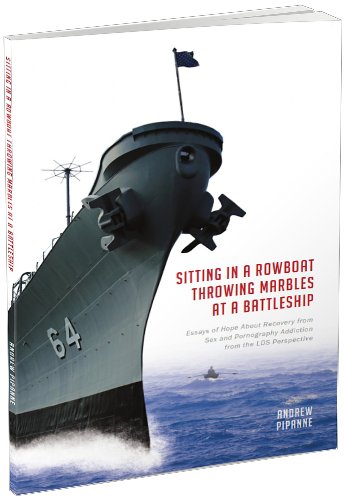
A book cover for Sitting in a Rowboat Throwing Marbles at a Battleship; Andrew Pipanne; Health, Fitness & Dieting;